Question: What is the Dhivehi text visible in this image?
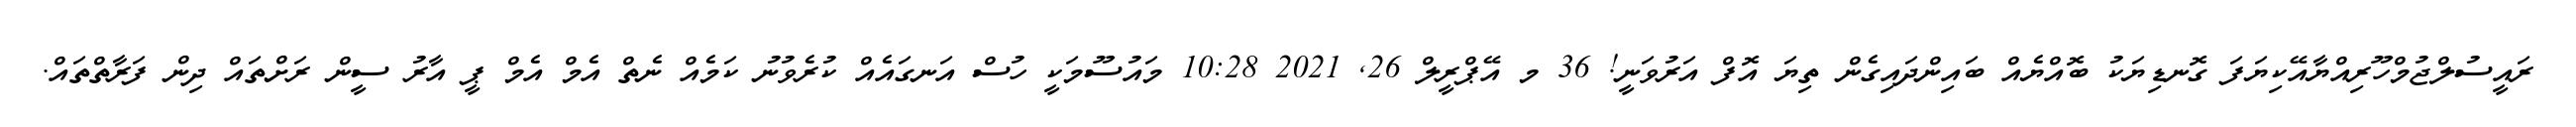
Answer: ރައީސުލްޖުމްހޫރިއްޔާއޭކިޔަފަ ގޮނޑިޔަކު ބޮއްޔެއް ބައިންދައިގެން ތިޔަ އޮފް އަރުވަނީ! 36 މ އޭޕްރީލް 26, 2021 10:28 މައުސޫމަކީ ހުސް އަނގައެއް ކުރެވުނު ކަމެއް ނެތް އެމް އެމް ޕީ އާރު ސީން ރަށްތައް ދިން ފަރާތްތައް.